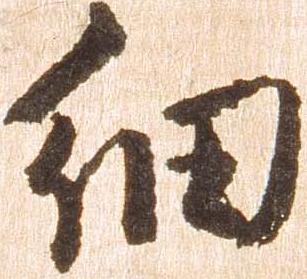
細